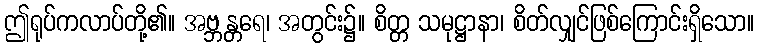
ဤရုပ်ကလာပ်တို့၏။ အဗ္ဘန္တရေ၊ အတွင်း၌။ စိတ္တ သမုဋ္ဌာနာ၊ စိတ်လျှင်ဖြစ်ကြောင်းရှိသော။